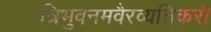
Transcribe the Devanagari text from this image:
त्रिभुवनमवैरव्यतिकरं।